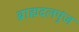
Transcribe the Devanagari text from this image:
ब्राह्मदलपुंज